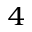
_ { 4 }